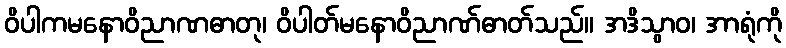
ဝိပါကမနောဝိညာဏဓာတု၊ ဝိပါတ်မနောဝိညာဏ်ဓာတ်သည်။ အဒိသွာဝ၊ အာရုံကို